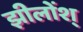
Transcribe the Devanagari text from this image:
झीलोंश्